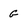
Character: G